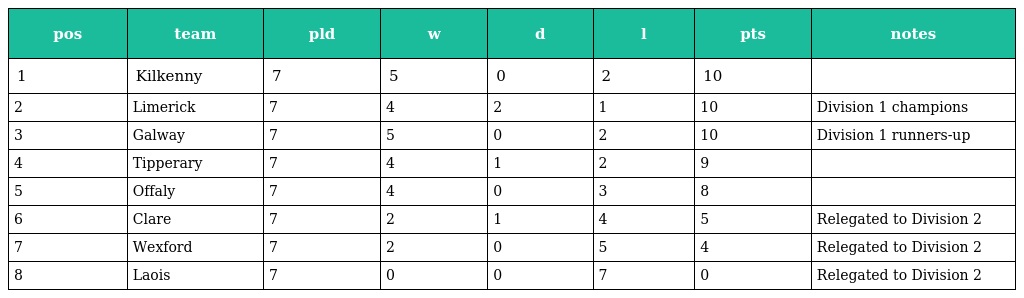
| pos | team | pld | w | d | l | pts | notes |
 | --- | --- | --- | --- | --- | --- | --- | --- |
 | 1 | Kilkenny | 7 | 5 | 0 | 2 | 10 |  |
 | 2 | Limerick | 7 | 4 | 2 | 1 | 10 | Division 1 champions |
 | 3 | Galway | 7 | 5 | 0 | 2 | 10 | Division 1 runners-up |
 | 4 | Tipperary | 7 | 4 | 1 | 2 | 9 |  |
 | 5 | Offaly | 7 | 4 | 0 | 3 | 8 |  |
 | 6 | Clare | 7 | 2 | 1 | 4 | 5 | Relegated to Division 2 |
 | 7 | Wexford | 7 | 2 | 0 | 5 | 4 | Relegated to Division 2 |
 | 8 | Laois | 7 | 0 | 0 | 7 | 0 | Relegated to Division 2 |